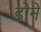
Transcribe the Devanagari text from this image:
डोने